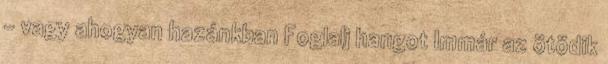
– vagy ahogyan hazánkban Foglalj hangot Immár az ötödik